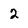
Character: 2